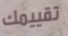
تقييمك